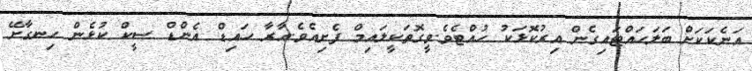
އަނެކަކަށް ބަލަހައްޓައިގެން އިރުކޮޅަކު ހުއްޓެވެ.ވީގޮތަކީލައިމް ފެށިއެވެ.އާރާ ހައިޑް އެންޑް ސީކް ކުޅެން ހިނގާށޭ